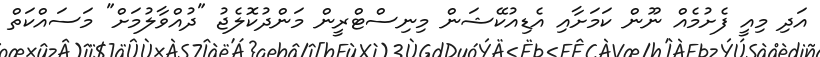
އަދި މިއީ ފެށުމެއް ނޫން ކަމަށާއި އެޑިއުކޭޝަން މިނިސްޓްރީން މަންދުކޮލެޖު "ދުއްވާލުމަށް" މަސައްކަތް